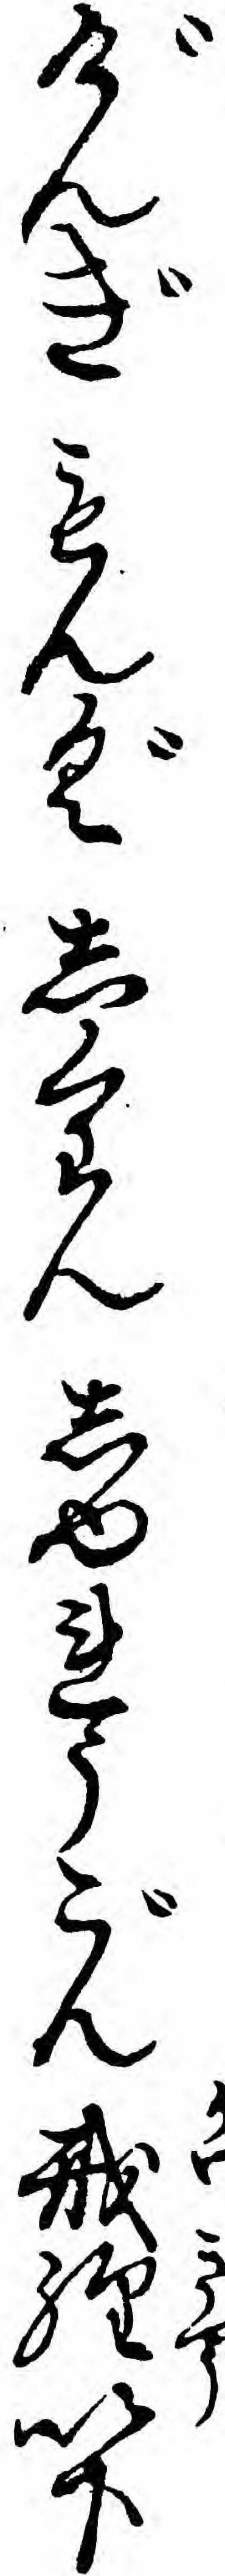
げんぎもんぐしくわんしやれうごん戒経以下